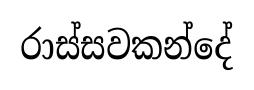
රාස්සවකන්දේ